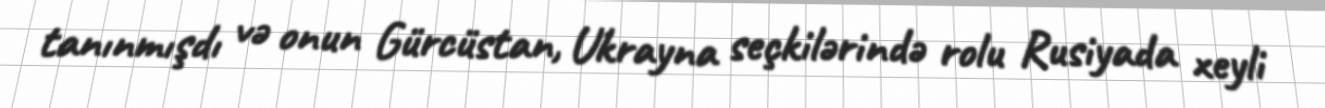
tanınmışdı və onun Gürcüstan, Ukrayna seçkilərində rolu Rusiyada xeyli